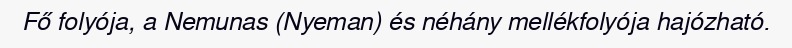
Fő folyója, a Nemunas (Nyeman) és néhány mellékfolyója hajózható.